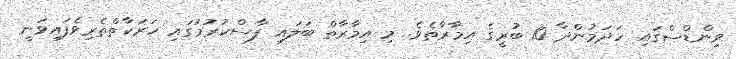
ވިންޑްސްގައި ހަދަމުންދާ 10 ބުރީގެ އިމާރާތެވެ. މި އިމާރާތް ބަލައި ފާސްކުރުމުގައި ހަރަކާތްތެރިވެފައިވަނީ